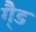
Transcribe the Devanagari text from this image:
गै्ड